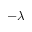
- \lambda